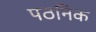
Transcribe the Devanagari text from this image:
पठनिक